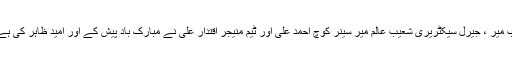
ٹیم کے اس کامیابی پر گلگت بلتستان باکسنگ فیڈریشن کے صدر مطلوب میر ، جیرل سیکٹریری شعیب عالم میر سینر کوچ احمد علی اور ٹیم منیجر اقتدار علی نے مبارک باد پیش کے اور امید ظاہر کی ہے کہ گلگت بلتستان کے ٹیم اس ٹورنامینٹ میں میڈ لز اپنے نام کرے گی۔